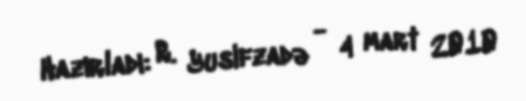
Hazırladı: R. Yusifzadə - 4 mart 2010